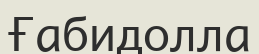
Ғабидолла